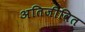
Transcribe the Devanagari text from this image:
अतिजीवित